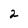
Character: 2